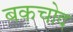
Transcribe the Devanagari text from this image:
बकचोद